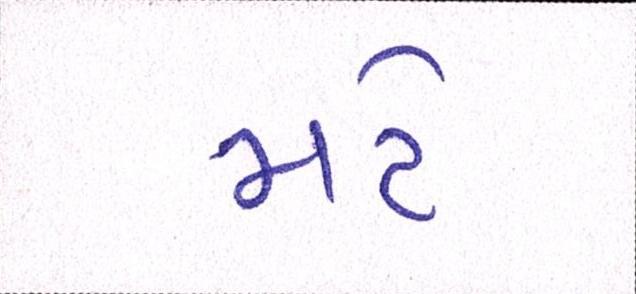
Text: મટે